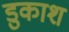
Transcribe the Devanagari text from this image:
डुकाश